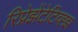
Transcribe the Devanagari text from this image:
रिप्रेझेंटेटिव्ह्झ